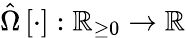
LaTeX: \hat{\Omega}\left[\cdot\right]:\mathbb{R}_{\ge 0}\rightarrow\mathbb{R}